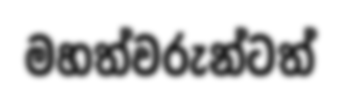
මහත්වරුන්ටත්